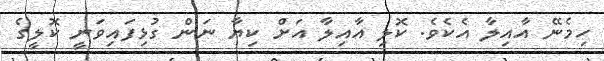
ހިމެނޭ އާއިލާ އެކެވެ. ކޮލި އާއިލާ އަށް ކިޔާ ނަން ގުޅިފައިވަނީ ކޮލީގެ